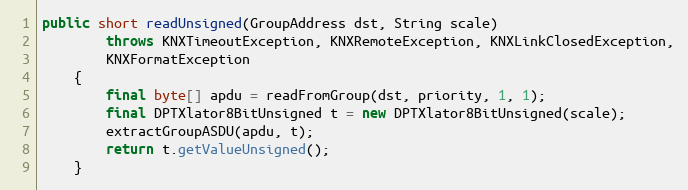
Language: Java
public short readUnsigned(GroupAddress dst, String scale)
		throws KNXTimeoutException, KNXRemoteException, KNXLinkClosedException,
		KNXFormatException
	{
		final byte[] apdu = readFromGroup(dst, priority, 1, 1);
		final DPTXlator8BitUnsigned t = new DPTXlator8BitUnsigned(scale);
		extractGroupASDU(apdu, t);
		return t.getValueUnsigned();
	}